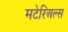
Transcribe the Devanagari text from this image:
मटेरिअल्स